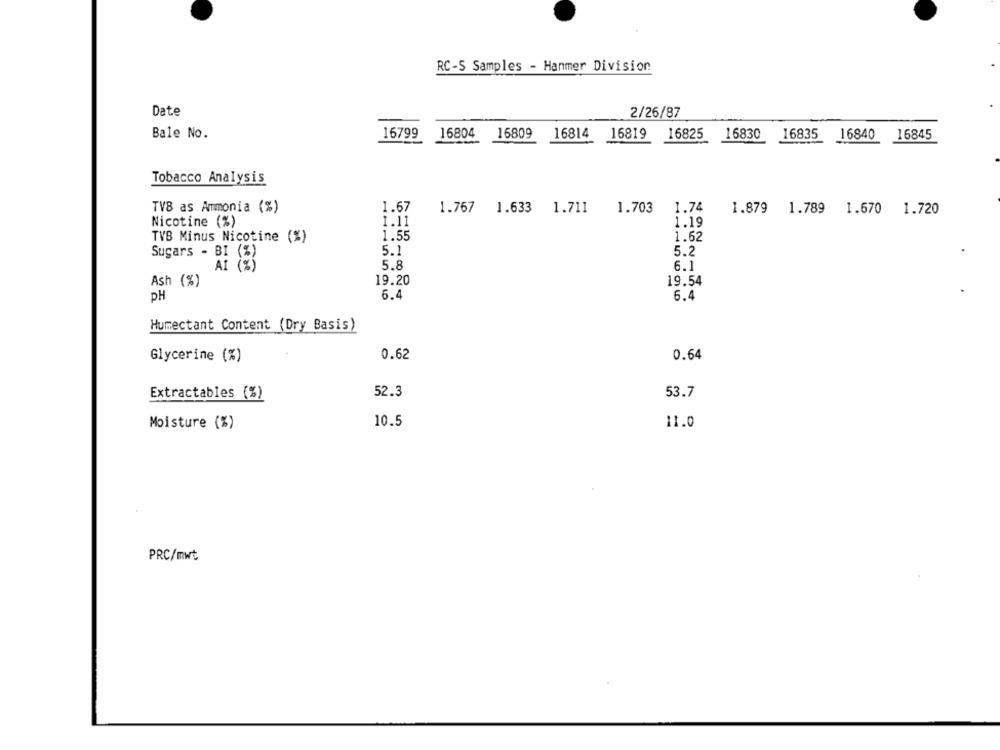
RC-S Samples - Hammer Division
Date
2/26/87
Bale No.
16799
16804
16809
16814
16819
16825
16830
16835
16840
16845
Tobacco Analysis
TV8 as Ammonia (%)
1.67
1.767 1.633
1.711
1.703
1.74
1.879 1.789 1.670 1.720
Nicotine (%)
1.11
1.19
TVB Minus Nicotine (%)
1.55
1.62
Sugars - BI (%)
5.1
5.2
AI (%)
5.8
6.1
Ash (%)
19.20
19.54
PH
6.4
6.4
Humectant Content (Dry Basis)
Glycerine (%)
0.62
0.64
Extractables (%)
52.3
53.7
10.5
Moisture (%)
11.0
PRC/mwt